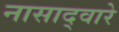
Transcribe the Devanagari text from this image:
नासाद्वारे